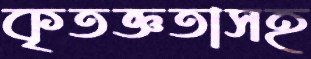
কৃতজ্ঞতাসহ